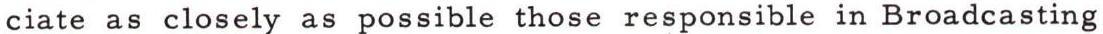
ciate as closely as possible those responsible in Broadcasting